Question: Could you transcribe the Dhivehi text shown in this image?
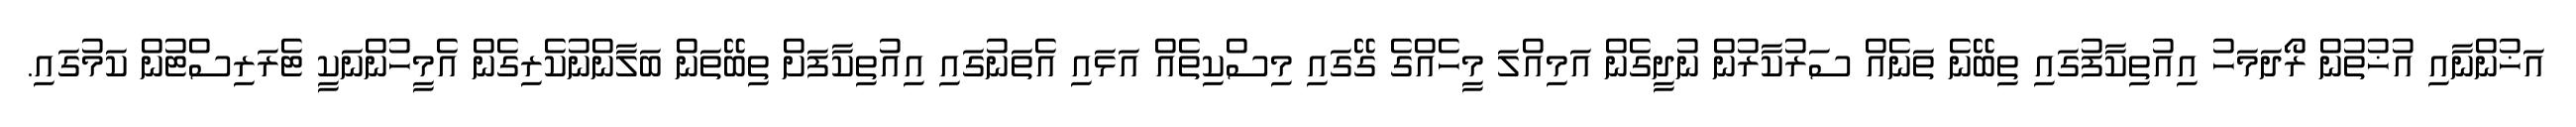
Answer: އަޚުންނާއި އުޚުތުން ރޯދަމަހު އިއުތިކާފުގައި ތިބޭނެ ތަނެއް ސަރުކާރުން ނުދީގެން އަމިއްލަ މީހެއްގެ ގޭގައި މިސްކިތެއް އަޅައި އެތަނުގައި އިއުތިކާފަށް ތިބޭތަން ބަލާންނުކެރިގެން އެމީހުންނަކީ ޓެރަރިސްޓުން ކަމުގައި.